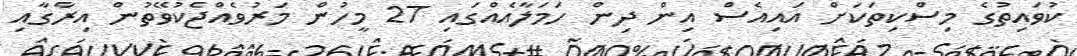
ކުވައިތުގެ މިސްކިތަކަށް އައިއެސް އިން ދިން ހަމަލާއެއްގައި 27 މީހުން މަރުވެއްޖެކުވޭތުން އިރާގާއި